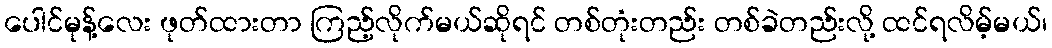
ပေါင်မုန့်လေး ဖုတ်ထားတာ ကြည့်လိုက်မယ်ဆိုရင် တစ်တုံးတည်း တစ်ခဲတည်းလို့ ထင်ရလိမ့်မယ်၊